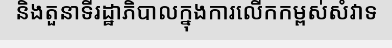
និងតួនាទីរដ្ឋាភិបាលក្នុងការលើកកម្ពស់សំវាទ